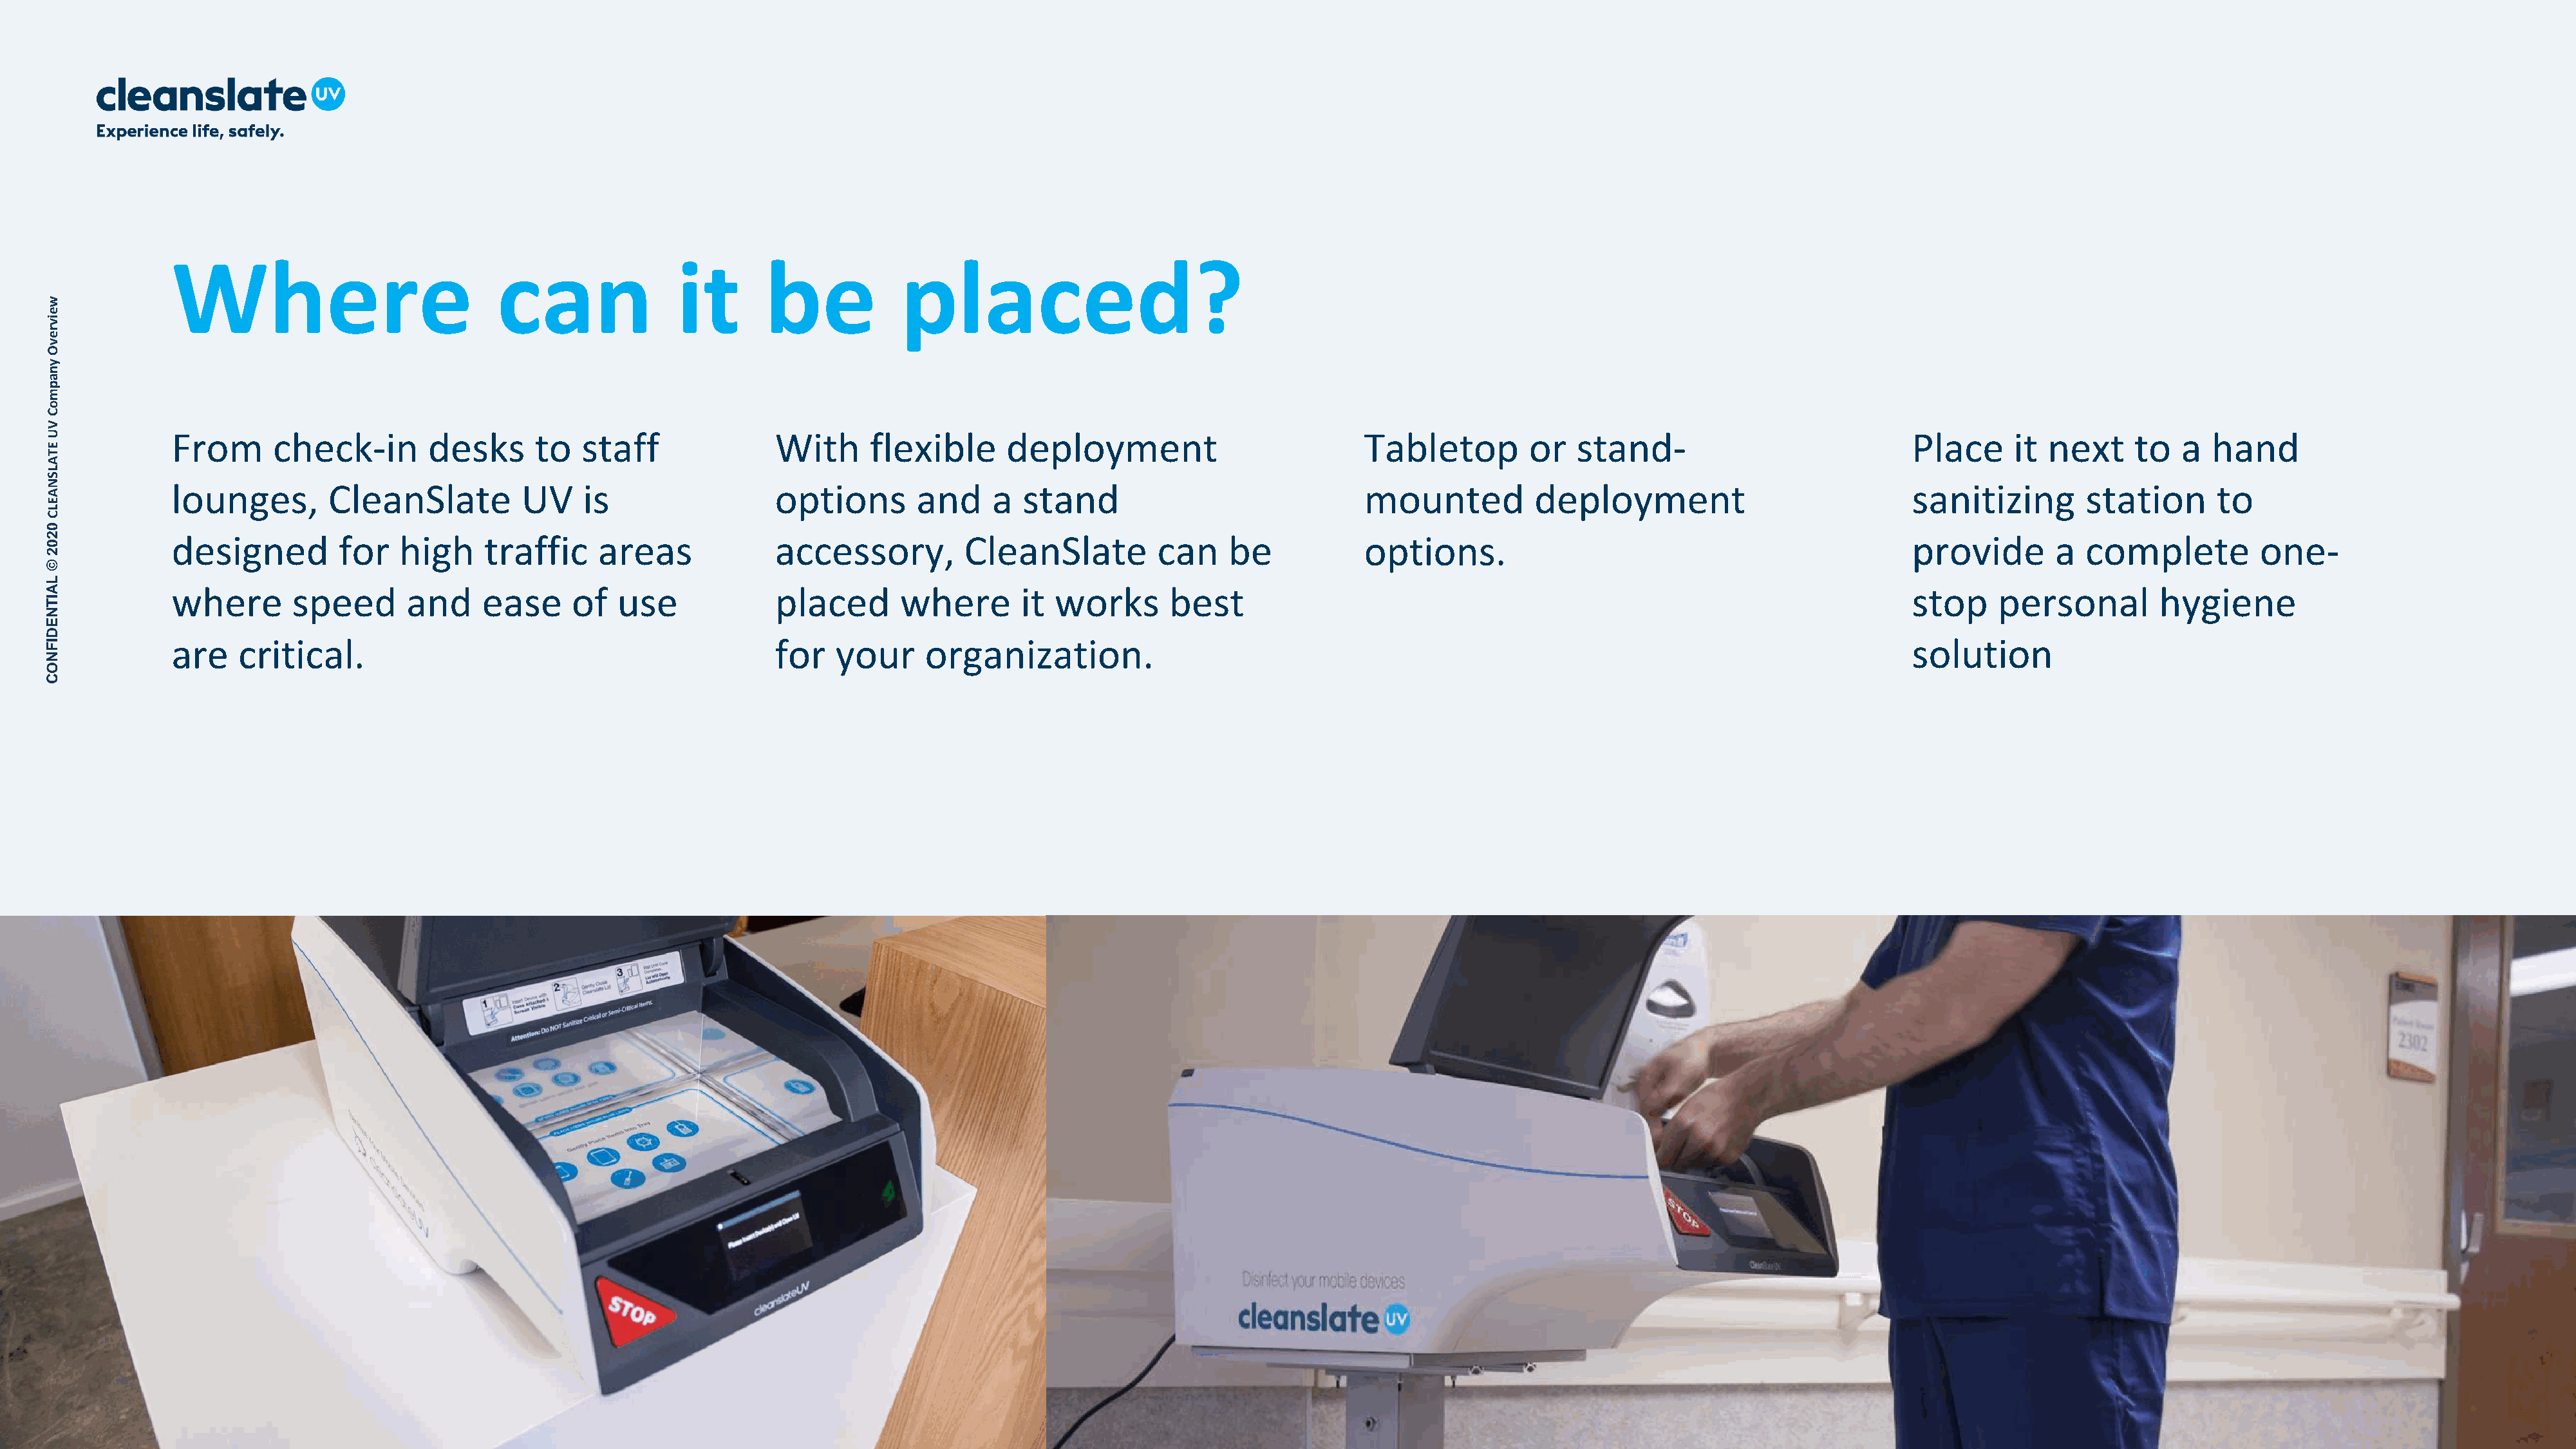
Where                            can                it       be            placed?
 w
 e
 iv
 r
 e
 v
 O
 y
 n
 a
 p
 m
 o
 C
 V
 U            From      check-in        desks      to   staff               With     flexible      deployment                           Tabletop         or   stand-                             Place     it  next    to   a  hand
 E
 T
 A
 L
 S
 N            lounges,        CleanSlate          UV    is                  options       and     a  stand                              mounted           deployment                             sanitizing       station       to
 A
 E
 L
 C
 0
 2            designed         for   high     traffic    areas              accessory,         CleanSlate          can    be            options.                                                 provide       a  complete          one-
 0
 2
 ©
 L
 A            where       speed       and     ease     of  use              placed       where       it works       best                                                                         stop    personal         hygiene
 IT
 N
 E
 D
 I            are   critical.                                               for   your     organization.                                                                                         solution
 F
 N
 O
 C